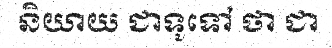
និយាយ ជាទូទៅ ថា ជា